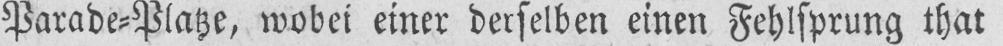
Parade⸗Platze, wobei einer derselben einen Fehlsprung that